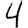
Digit: 4